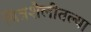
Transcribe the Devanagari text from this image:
चित्रशैलीतल्या